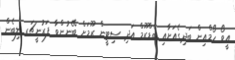
އީވޯ ހޯމްއިން ބަދިގެއަށާއި ބެޑްރޫމް އަދި ސިޓީން ރޫމަށް ބޭނުންވާ ފަރުނީޗަރ ލިބެން